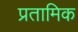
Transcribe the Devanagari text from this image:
प्रतामिक